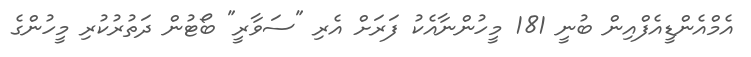
އެމްއެންޑީއެފްއިން ބުނީ 181 މީހުންނާއެކު ފަރަށް އެރި "ސަވާރީ" ބޯޓުން ދަތުރުކުރި މީހުންގެ